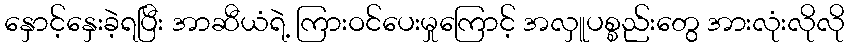
နှောင့်နှေးခဲ့ရပြီး အာဆီယံရဲ့ ကြားဝင်ပေးမှုကြောင့် အလှူပစ္စည်းတွေ အားလုံးလိုလို